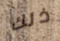
ذلك